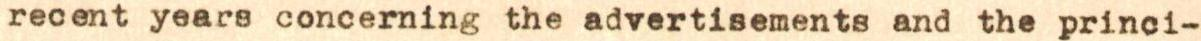
recent years concerning the advertisements and the princi-